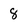
Character: 8